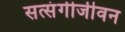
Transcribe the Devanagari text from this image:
सत्संगीजीवन